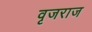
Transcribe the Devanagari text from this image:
वृजराज